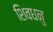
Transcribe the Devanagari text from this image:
शिवधनु